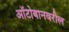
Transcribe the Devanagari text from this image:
ऑटोबानवरील